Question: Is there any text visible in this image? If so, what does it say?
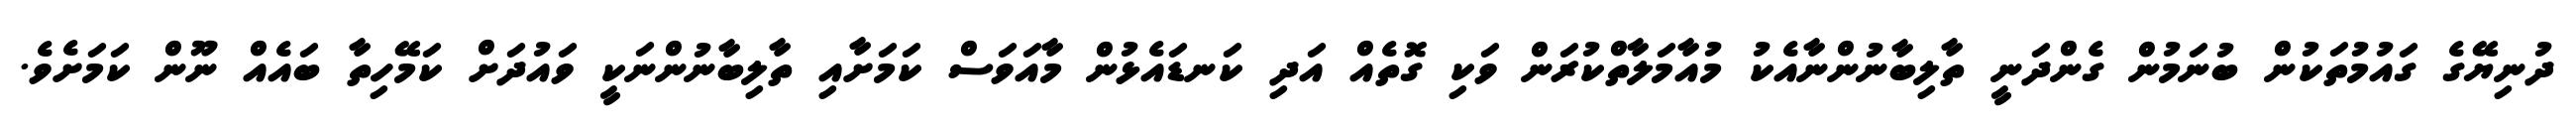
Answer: ދުނިޔޭގެ ގައުމުތަކުން ބުނަމުން ގެންދަނީ ތާލިބާނުންނާއެކު މުއާމަލާތްކުރަން ވަކި ގޮތެއް އަދި ކަނޑައެޅުން މާއަވަސް ކަމަށާއި ތާލިބާނުންނަކީ ވައުދަށް ކަމޭހިތާ ބައެއް ނޫން ކަމަށެވެ.